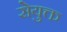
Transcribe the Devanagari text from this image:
सेयुक्त